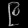
Digit: ၉